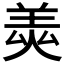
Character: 𦎅